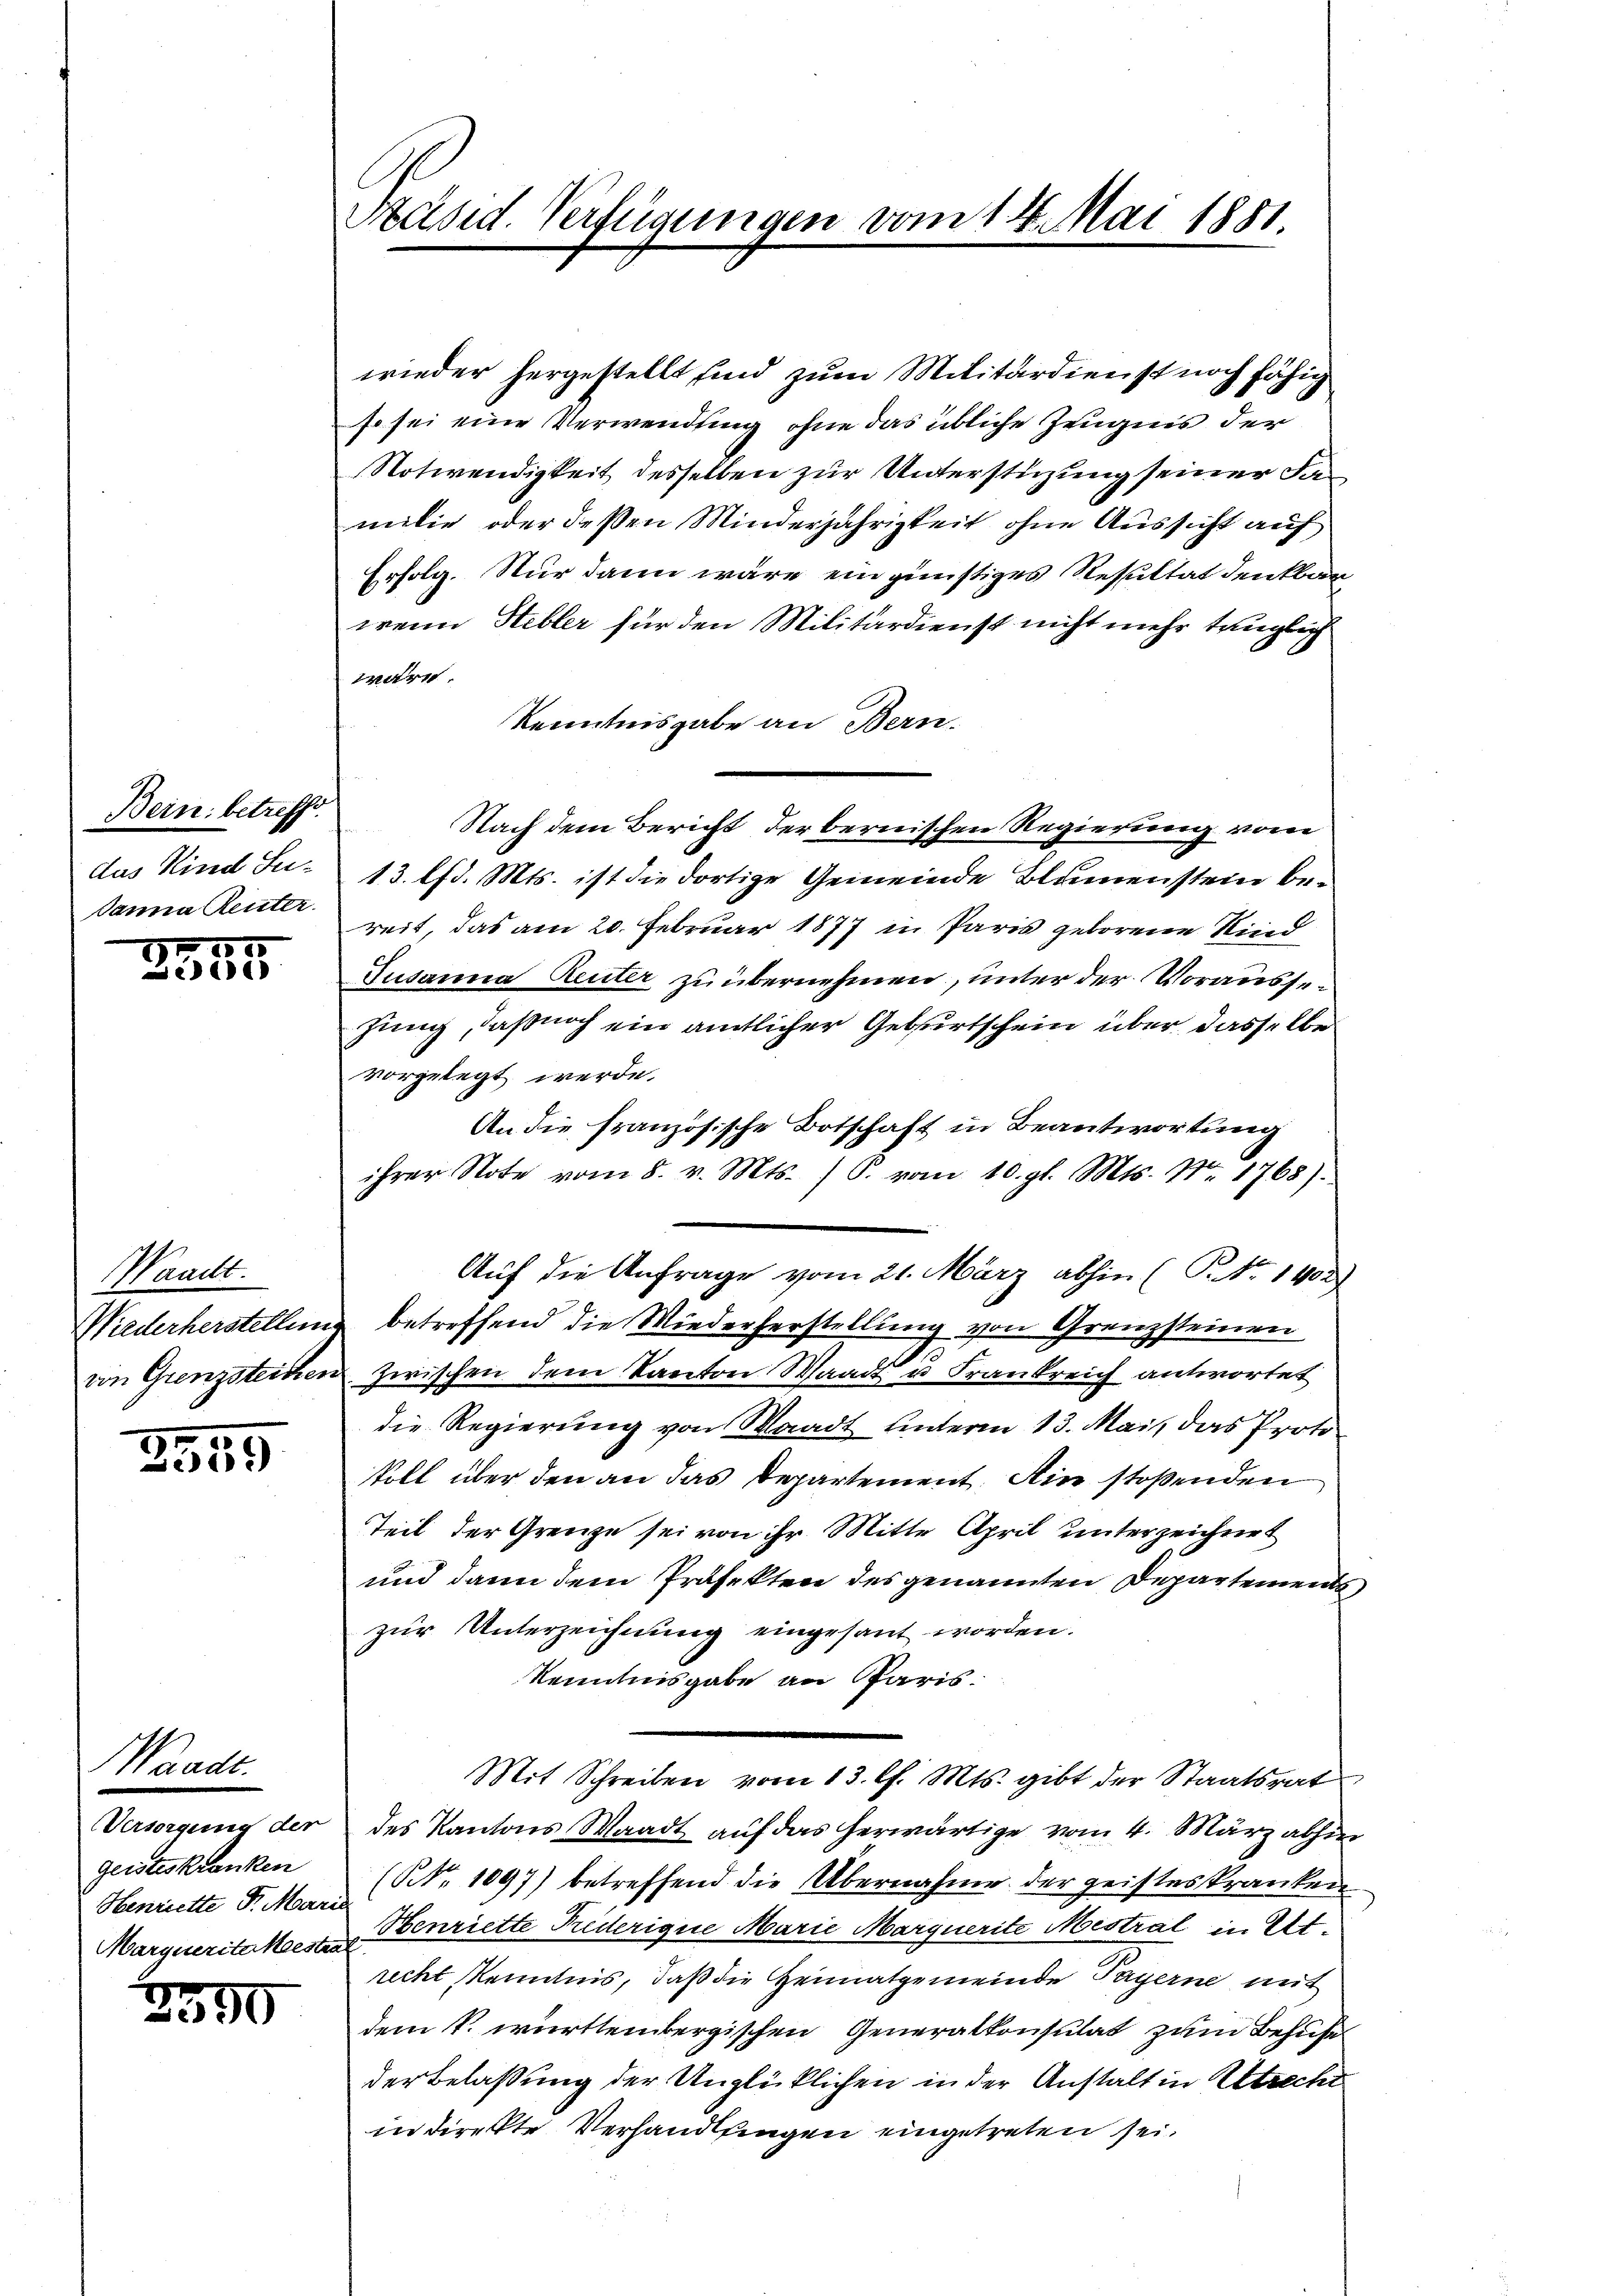
Bein betreffe.
das Kind Su-
danna Renter

385

Waackt.

3959

Waadt.

Versorgung der
geisteskranken
Henriette P. Marie
Marqueritakeestrat

1350

Präsid. Verfügungen vom 14. Mai 1881

wieder hergestellt sind zum Militärdienst noch fähig
so sei eine Verwendung ohne das übliche Zeugnis der
Notwendigkeit desselben zur Unterstüzung seiner Familie oder deßen Minderjährigkeit ohne Aussicht auf
Erfolg. Nur dann wäre ein günstiges Resultat denkbar
wenn Hebler für den Militärdienst nicht mehr trüglich
wäre.
Kenntnisgabe an Bern.
Nach dem Bericht der bernischen Regierung vom
13. lfd. Mts. ist die dortige Gemeinde Blumenstein bereit, das am 20. Februar 1877 in Paris geborene Kind
Rusanna Leuter zu übernehmen, unter der Voraussezung, daß noch ein amtlicher Geburtschein über dasselbe
vorgelegt werde.
An die französische Botschaft in Beantwortung
ihrer Note vom 8. v. Mts. )O. vom 10. gl. Mts. Nr. 1768).
Auf die Anfrage vom 21. März abhin (C. No 1402)
Wiederherstellung betreffend die Wiederherstellung von Grenzsteinen
von Grenzsteinen zwischen dem Kanton Waadt u Frankreich antwortet
die Regierung von Waadt hinterm 13. Mai, das Proto
still über den an das Departement. Ain stoßenden
Teil der Grenze sei von ihr Mitte April unterzeichnet
und dann dem Präfekten des genannten Departements,
zur Unterzeichnung eingesant worden.
Kenntnisgabe an Paris.
Mit Schreiben vom 13. l. Mts. gibt der Staatsrat
des Kantons Waadt auf das herwärtige vom 4. März abhin
(Nr. 1097) betreffend die Übernahme der geisteskranken
Henriette Prederigue Marie Marquerite Mestral in Atrecht Kenntnis, daß die Heimatgemeinde Payerne mit
dem k. württembergischen Generalkonsulat zum Behufe
der Belassung der Unglücklichen in der Anstalt in Utrecht
in direkte Verhandlungen eingetreten sei.